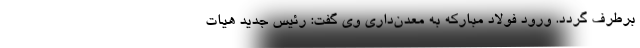
برطرف گردد. ورود فولاد مبارکه به معدن‌داری وی گفت: رئیس جدید هیات